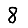
Digit: 8